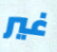
غير